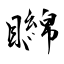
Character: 矊